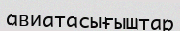
авиатасығыштар